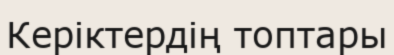
Керіктердің топтары